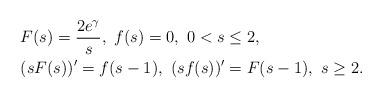
LaTeX: \begin{align*} &F(s)=\frac{2e^{\gamma}}{s},\ f(s)=0,\ 0< s\leq 2,\\ &(sF(s))'=f(s-1),\ (sf(s))'=F(s-1),\ s\geq 2.\end{align*}